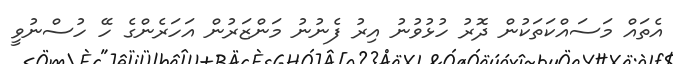
އެތައް މަސައްކަތަކުން ދޮރު ހުޅުުވުނު އިރު ފެނުނު މަންޒަރުން އަހަރެންގެ ހޭ ހުސްނުވީ